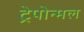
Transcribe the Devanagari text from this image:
ट्रेपोन्मल